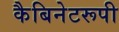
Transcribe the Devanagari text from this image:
कैबिनेटरूपी